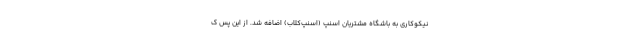
نیکوکاری به باشگاه مشتریان اسنپ (اسنپ‌کلاب) اضافه شد. از این پس ک